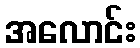
အလောင်း